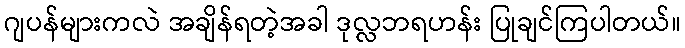
ဂျပန်များကလဲ အချိန်ရတဲ့အခါ ဒုလ္လဘရဟန်း ပြုချင်ကြပါတယ်။